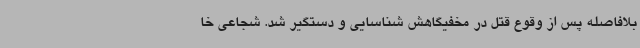
بلافاصله پس از وقوع قتل در مخفیگاهش شناسایی و دستگیر شد. شجاعی خا